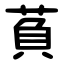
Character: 萯